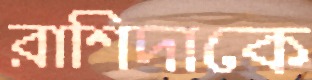
রাশিদাকে